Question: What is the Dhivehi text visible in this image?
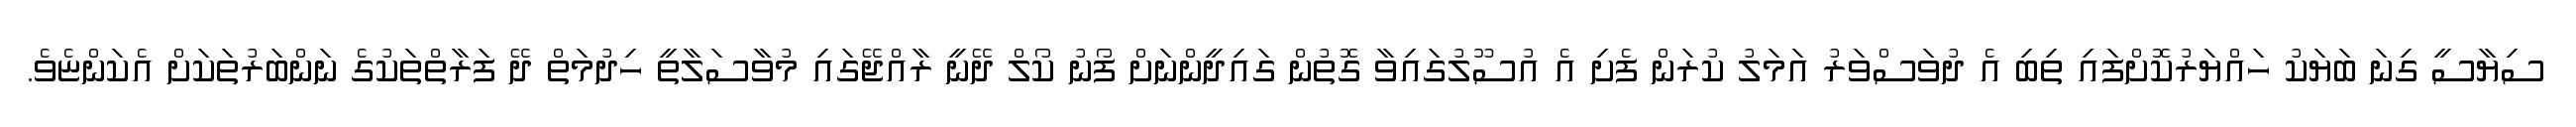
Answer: ސިޔާސީ ގިނަ ބަޔަކު ހައްޔަރުކޮށްފައި ތިބި އެ ދުވަސްވަރު އަމަލު ކުރަން ފެށި އެ އުސޫލުގައިވާ ގޮތުން ގައިދީންނަށް ފޯނު ކޯލް ދޭނީ ރާއްޖޭގައި މުވާސަލާތީ ހިދުމަތް ދޭ ފަރާތްތަކުގެ ނަންބަރުތަކަށް އެކަންޏެވެ.